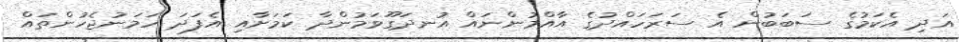
އަދި އެކަމުގެ ސަބަބުން އެ ސަރަހައްދުގެ އާއްމުންނައް އުނދަގޫވަމުންދާ ކަމަށާއި އެފަދަ ހަމަނުޖެހުންތައް